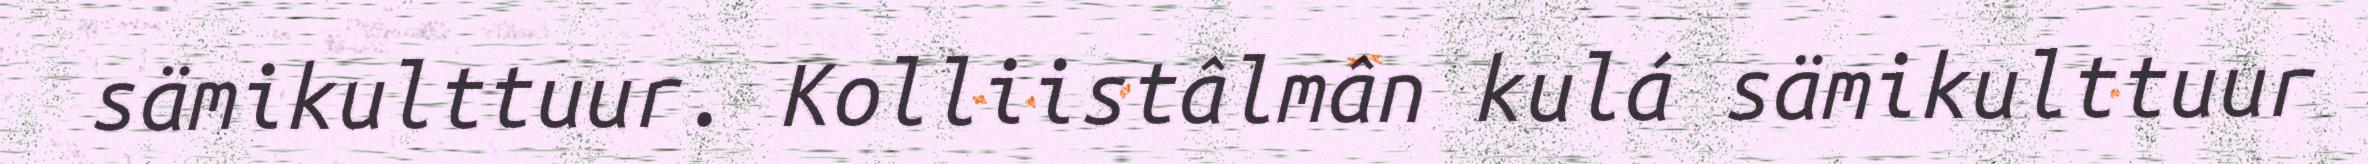
sämikulttuur. Kolliistâlmân kulá sämikulttuur